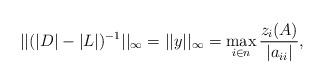
LaTeX: \begin{align*} ||(|D|-|L|)^{-1}||_\infty= ||y ||_\infty=\max\limits_{i\in n}\frac{z_i(A)}{|a_{ii}|}, \end{align*}